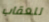
للعقاب